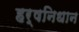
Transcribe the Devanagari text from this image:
हर्षनिधान